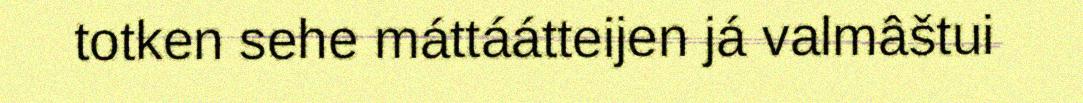
totken sehe máttáátteijen já valmâštui